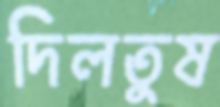
দিলতুষ